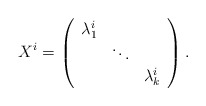
\begin{align*}X^i = \left( \begin{array}{ccc} \lambda_1^i & & \\ & \ddots & \\ & & \lambda_k^i \end{array} \right).\end{align*}